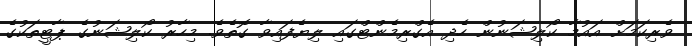
ވެރިކަމަށް އައުމާ ކޯލިޝަނުން ހެދި އެގްރިމެންޓްގައި ލިޔެފައިވާ ގޮތެވެ. މިހާރު ކޯލިޝަނުގެ ޕާޓީތަކުގެ